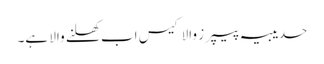
حدیبیہ پیپرز والا کیس اب کھلنے والا ہے۔